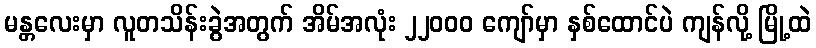
မန္တလေးမှာ လူတသိန်းခွဲအတွက် အိမ်အလုံး ၂၂၀၀၀ ကျော်မှာ နှစ်ထောင်ပဲ ကျန်လို့ မြို့ထဲ